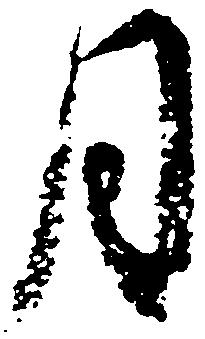
月